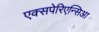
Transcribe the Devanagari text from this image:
एक्सपेरिएन्सिआ